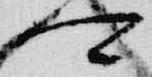
可